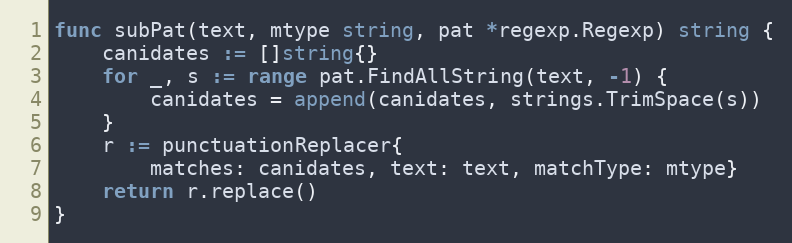
Language: Go
func subPat(text, mtype string, pat *regexp.Regexp) string {
	canidates := []string{}
	for _, s := range pat.FindAllString(text, -1) {
		canidates = append(canidates, strings.TrimSpace(s))
	}
	r := punctuationReplacer{
		matches: canidates, text: text, matchType: mtype}
	return r.replace()
}